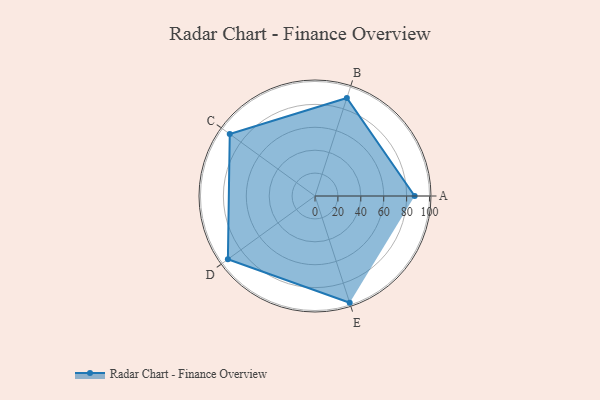
{"axis": {"x": "Skill", "y": "Score"}, "legend": ["Profile"], "data": [{"x": "A", "y": 87.0, "type": "Profile"}, {"x": "B", "y": 90.0, "type": "Profile"}, {"x": "C", "y": 92.0, "type": "Profile"}, {"x": "D", "y": 94.0, "type": "Profile"}, {"x": "E", "y": 98.0, "type": "Profile"}]}